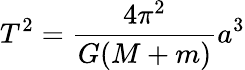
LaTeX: T^{2}={\frac{4\pi^{2}}{G(M+m)}}a^{3}